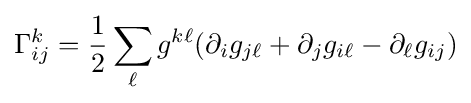
\Gamma _{ij}^{k}={1 \over 2}\sum _{\ell }g^{k\ell }(\partial _{i}g_{j\ell }+\partial _{j}g_{i\ell }-\partial _{\ell }g_{ij})